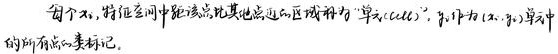
每个\(x_{i}\)，特征空间中距离该点比其他点更近的区域称为 “单元(cell)”，即作为 \((x_{i}, y_{i})\) 单元中的所有点的集合。